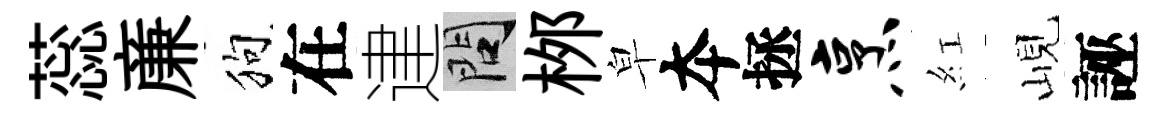
蕊亷狗在䢖問桞皁夲拯烹紅峴誣